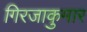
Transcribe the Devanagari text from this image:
गिरजाकुमार